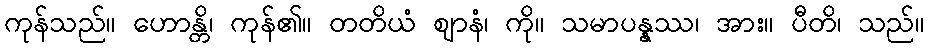
ကုန်သည်။ ဟောန္တိ၊ ကုန်၏။ တတိယံ ဈာနံ၊ ကို။ သမာပန္နဿ၊ အား။ ပီတိ၊ သည်။